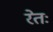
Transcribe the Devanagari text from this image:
रेतः